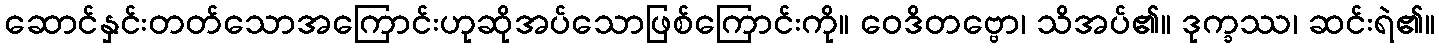
ဆောင်နှင်းတတ်သောအကြောင်းဟုဆိုအပ်သောဖြစ်ကြောင်းကို။ ဝေဒိတဗ္ဗော၊ သိအပ်၏။ ဒုက္ခဿ၊ ဆင်းရဲ၏။